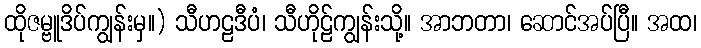
ထိုဇမ္ဗူဒိပ်ကျွန်းမှ။) သီဟဠဒီပံ၊ သီဟိုဠ်ကျွန်းသို့။ အာဘတာ၊ ဆောင်အပ်ပြီ။ အထ၊